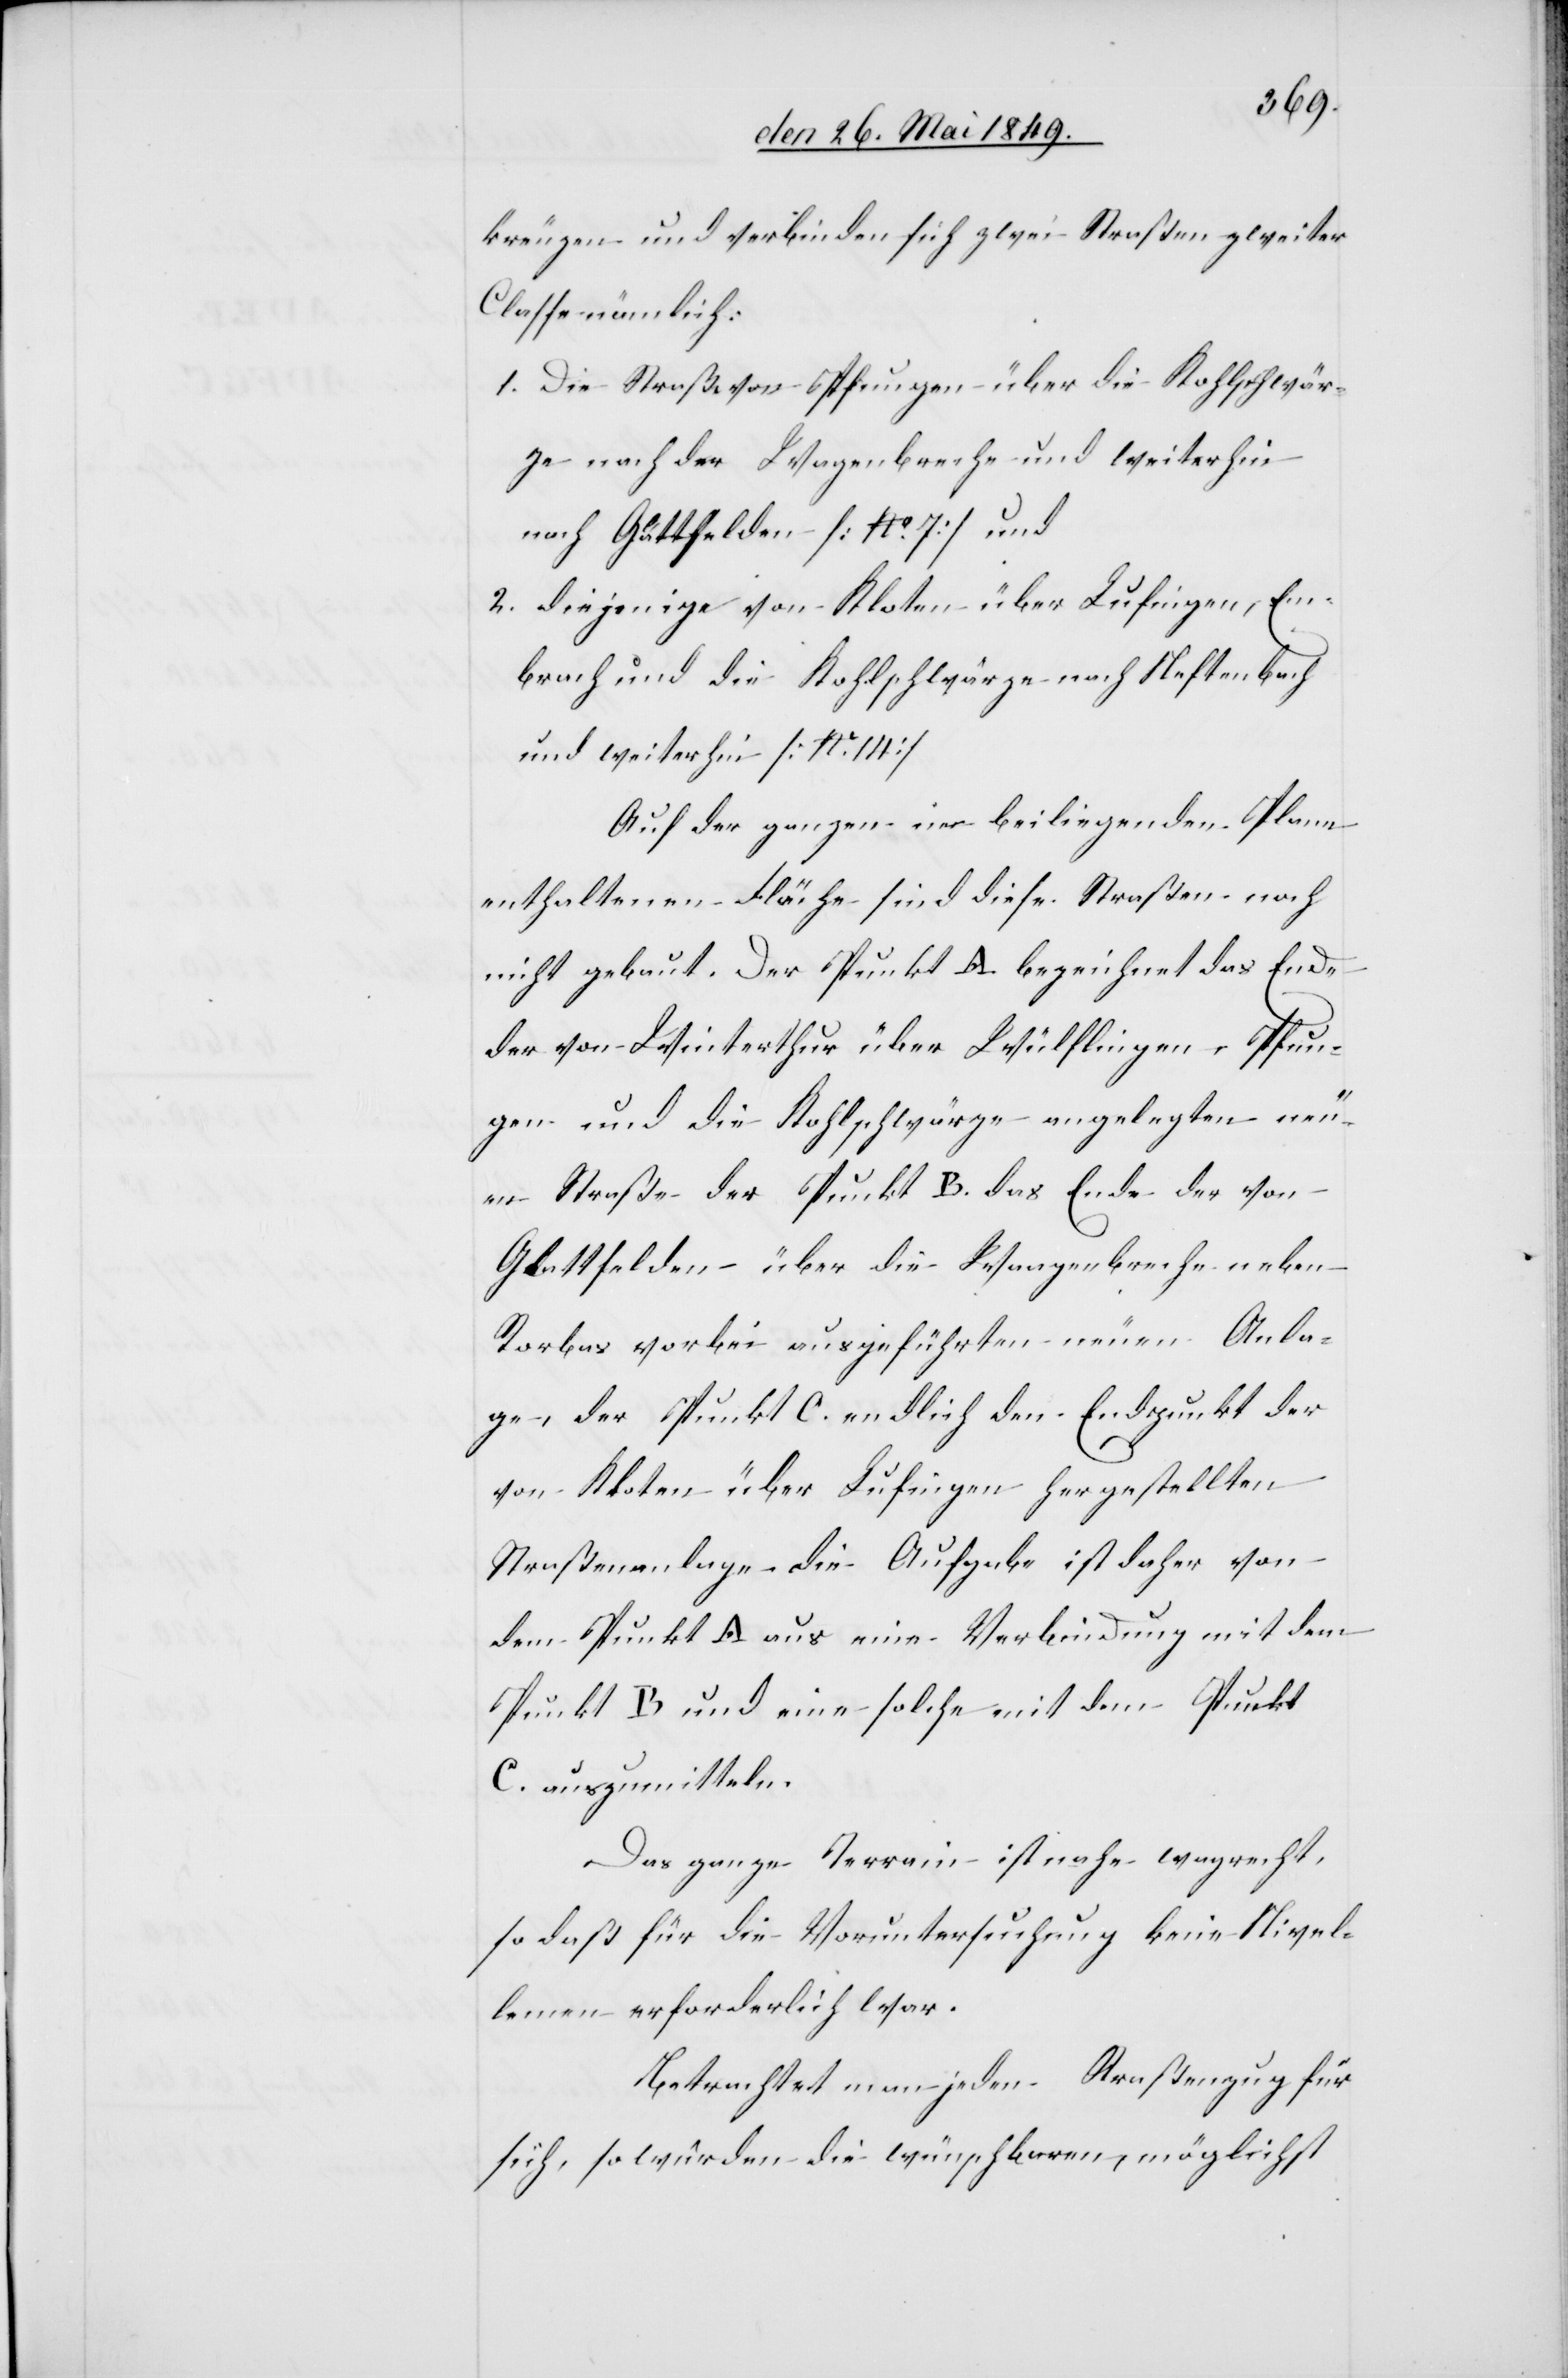
kreuzen und verbinden sich zwei Straßen zweiter
Classe nämlich:
1. Die Straße von Pfungen über die Kohlschwär¬
ze nach der Wagenbreche und weiterhin
nach G[?la]ttfelden [No 7] und
2. diejenigen von Kloten über Lufingen, Em¬
brach und die Kohlschwärze nach Neftenbach
und weiterhin [No 14]
Auf der ganzen im beiliegenden Plane
enthaltenen Fläche sind diese Straßen noch
nicht gebaut. Der Punkt A. bezeichnet das Ende
der von Winterthur über Wülflingen, Pfun¬
gen und die Kohlschwärze angelegten neu¬
en Straße – der Punkt B. das Ende der von
Glattfelden über die Waagenbreche neben
Rorbas vorbei ausgeführten neuen Anla¬
ge, der Punkt C. endlich den Endpunkt der
von Kloten über Lufingen hergestellten
Straßenanlage. Die Aufgabe ist daher von
dem Punkt A. aus eine Verbindung mit dem
Punkt B und eine solche mit dem Punkt
C. auszumitteln.
Das ganze Terrain ist nahe wagrecht,
so daß für die Voruntersuchung keine Nivel¬
lemen[t] erforderlich war.
Betrachtet man jeden Straßenzug für
sich, so würden die wünschbaren, möglichst